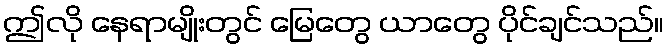
ဤလို နေရာမျိုးတွင် မြေတွေ ယာတွေ ပိုင်ချင်သည်။